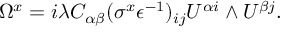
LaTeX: \Omega ^ { x } = i \lambda C _ { \alpha \beta } ( \sigma ^ { x } \epsilon ^ { - 1 } ) _ { i j } { \cal U } ^ { \alpha i } \wedge { \cal U } ^ { \beta j } .